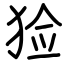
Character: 猃